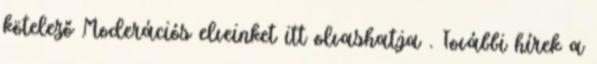
kötelező Moderációs elveinket itt olvashatja . További hírek a